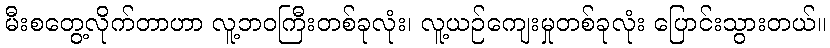
မီးစတွေ့လိုက်တာဟာ လူ့ဘဝကြီးတစ်ခုလုံး၊ လူ့ယဉ်ကျေးမှုတစ်ခုလုံး ပြောင်းသွားတယ်။